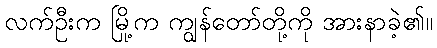
လက်ဦးက မြို့က ကျွန်တော်တို့ကို အားနာခဲ့၏။